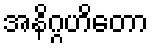
အနိဂ္ဂဟိတော